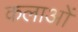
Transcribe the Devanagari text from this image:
कलाओें